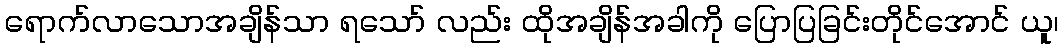
ရောက်လာသောအချိန်သာ ရသော် လည်း ထိုအချိန်အခါကို ပြောပြခြင်းတိုင်အောင် ယူ၊